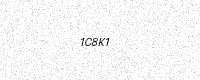
Text: 1C8K1